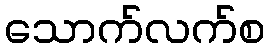
သောက်လက်စ